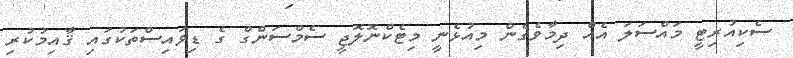
ސެކިއުރިޓީ މައްސަލަ އެއް ދިމާވެގެން މިއުޅެނީ މިޓެކްނޮލޮޖީ ސެމްސަންގް ގެ ޑިވައިސްތަކުގައި ޤާއިމުކުރި